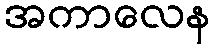
အကာလေန